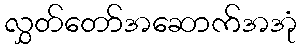
လွှတ်တော်အဆောက်အအုံ